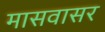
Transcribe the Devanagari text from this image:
मासवासर